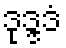
ဒုဒ္ဒဒံ